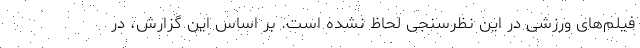
فیلم‌های ورزشی در این نظرسنجی لحاظ نشده است. بر اساس این گزارش، در